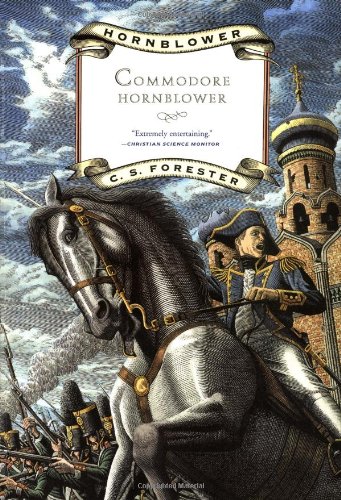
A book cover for Commodore Hornblower (Hornblower Saga); C. S. Forester; Literature & Fiction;